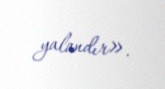
yalandır».